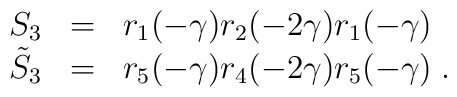
\begin{array}{rcl}           S_{3}& = &r_{1}(-\gamma)r_{2}(-2\gamma)r_{1}(-\gamma)\\     \tilde{S}_{3} & = &r_{5}(-\gamma)r_{4}(-2\gamma)r_{5}(-\gamma)\;.\end{array}